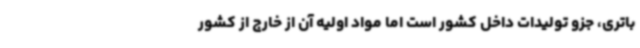
باتری، جزو تولیدات داخل کشور است اما مواد اولیه آن از خارج از کشور